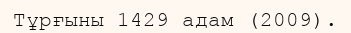
Тұрғыны 1429 адам (2009).